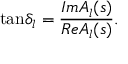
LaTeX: \mathrm { t a n } { \delta } _ { l } = { \frac { I m { A } _ { l } ( s ) } { R e { A } _ { l } ( s ) } } .